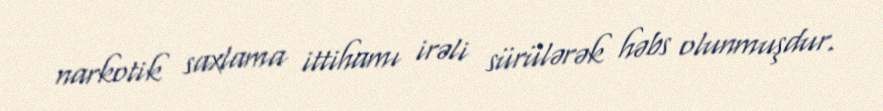
narkotik saxlama ittihamı irəli sürülərək həbs olunmuşdur.